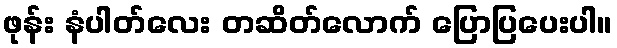
ဖုန်း နံပါတ်လေး တဆိတ်လောက် ပြောပြပေးပါ။